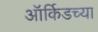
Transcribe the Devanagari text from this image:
ऑर्किडच्या